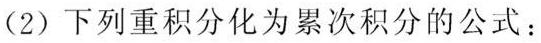
(2) 下列重积分化为累次积分的公式：